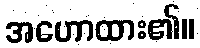
အဟောထား၏။